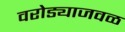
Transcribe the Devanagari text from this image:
वरोड्याजवळ